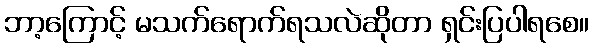
ဘာ့ကြောင့် မသက်ရောက်ရသလဲဆိုတာ ရှင်းပြပါရစေ။